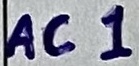
Text: AC1